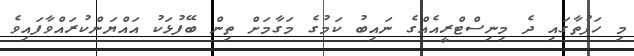
މި ހަފުތާގައި ދެ މިނިސްޓްރީއެއްގެ ނައިބު ކަމުގެ މަގާމަށް ތިން ބޭފުޅަކު އައްޔަންކުރައްވާފައިވެ